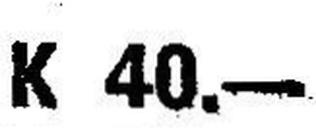
K 40.—